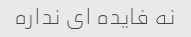
نه فایده ای نداره